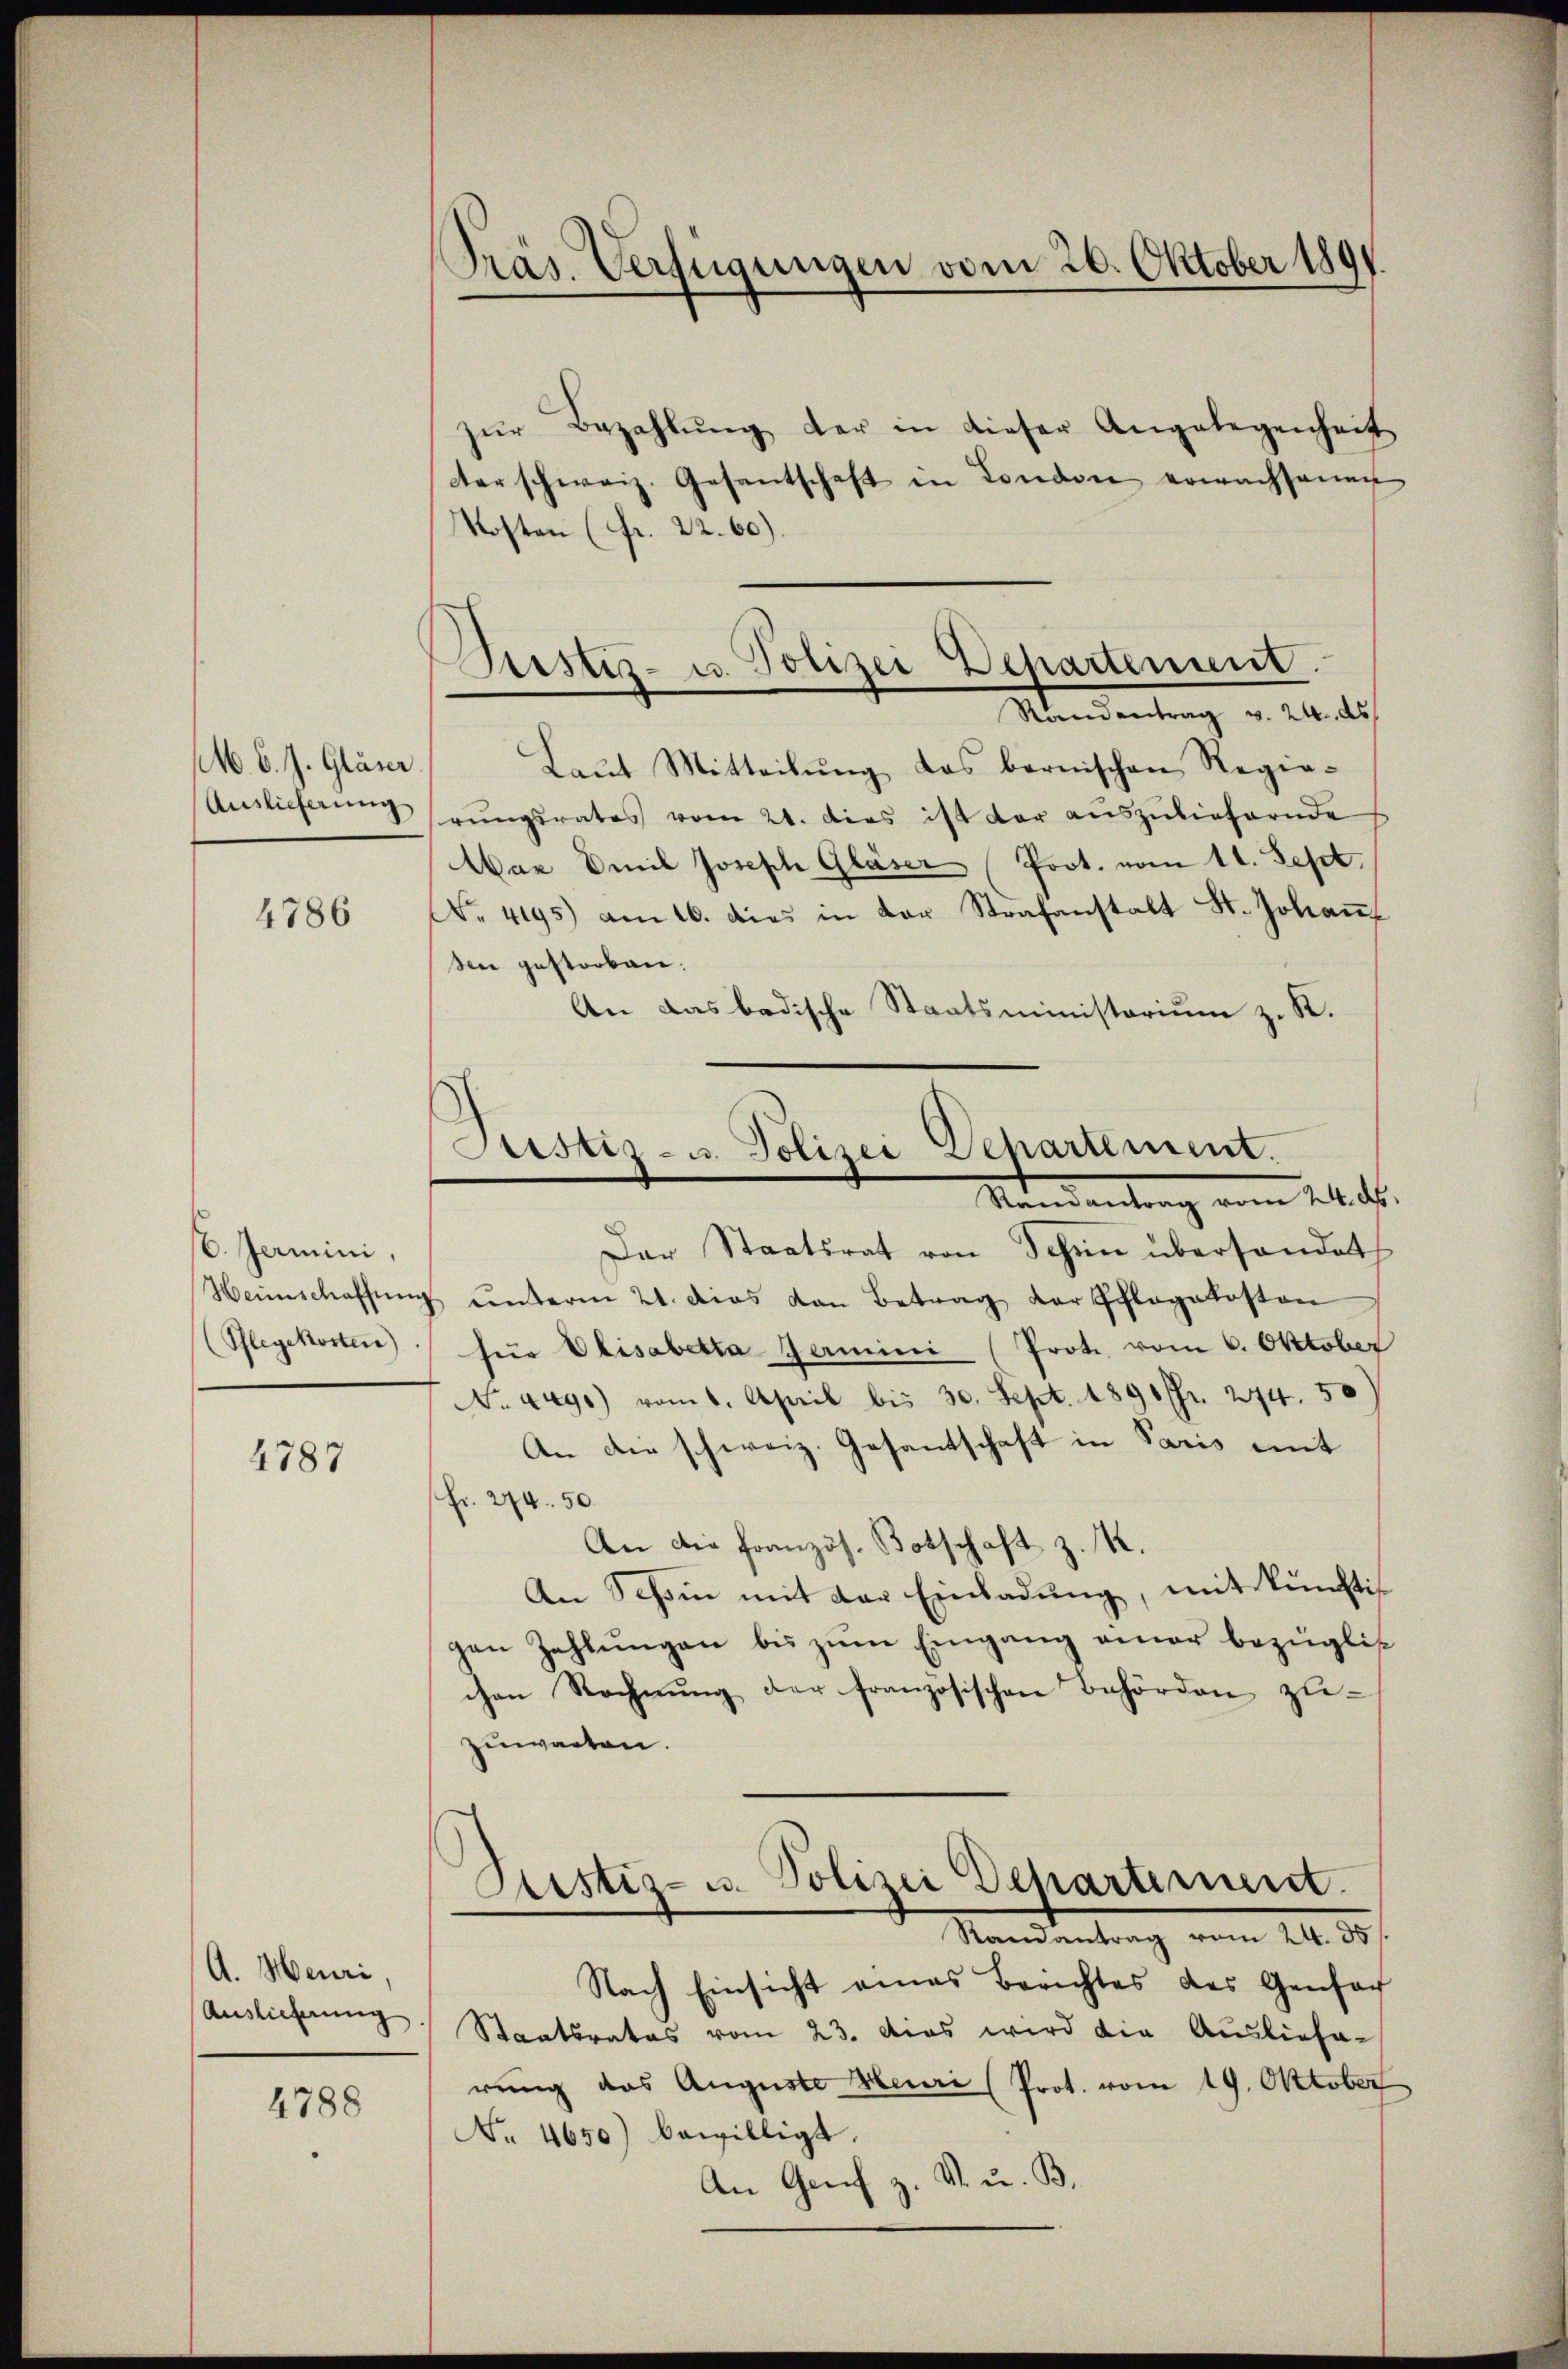
46. 6. J. Gläser
Auslieferung

4786

6. Jarmini,
(Pflegekosten)

4787

A. Meuri,
Auslicherung

4788

Präs. Verfügungen vom 20. Oktober 1891.

Justiz- u. Polizei Departement.

zŭr Bezahlŭng der in dieser Angelegenheit
cer schweiz. Gesantschaft in London erwachsamen
Kosten (Fr. 22. 60).
Randantrag v. 24. ds.
Laŭt Mitteilŭng das bernischen Regie-
rungsrates vom 21. dies ist der auszuliefernde
War Emil Joseph Gläser Prot. vom 11. Sept.
No. 4195) am 16. dies in der Strafanstalt St. Johaṅ
sen gestorben.
An das badische Staatsministorium z. R.
Der Staatsrat von Schin überhandert
Weinschaffŭng ŭnterm 21. dies von Betrag der Pflegekosten
für Elisabetta Germini (Prote vom 6. Oktober
No. 449.) vom 1. April bis 30. Sept. 1891 fr. 244. 50
An die schweiz. Gesantschaft in Paris mit
Fr. 274. 50.
An die französ. Botschaft z. K.
An Schin mit der Einladung, mit künftigen Zahlŭngen bis zŭm Eingang einer bezüglich
chen Rechnŭng der französischen Behörden zu-
zuwarten.
Astiz- u. Polizei Departement.
Randantrag vom 24. 35
Nach Einsicht eines Berichtes des Genfach
Staatsrates vom 23. Das wird die Ausliefa-
rung das Auguste Meuri (Prot. vom 19. Oktober
r. 4650) bewilligt.
An Genf z. V. u. B.

Justiz- u. Polizei Departement.
Randantrag vom 24. ds.